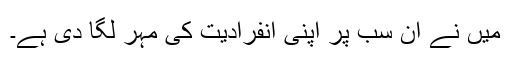
میں نے ان سب پر اپنی انفرادیت کی مہر لگا دی ہے۔